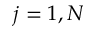
j = 1 , N